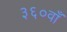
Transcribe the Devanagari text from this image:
३६०वाँ